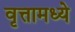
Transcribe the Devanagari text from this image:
वृत्तामध्ये